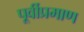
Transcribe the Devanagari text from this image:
पूर्वीप्रमाण